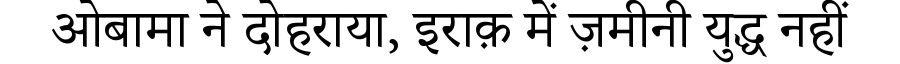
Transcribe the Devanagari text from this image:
ओबामा ने दोहराया, इराक़ में ज़मीनी युद्ध नहीं